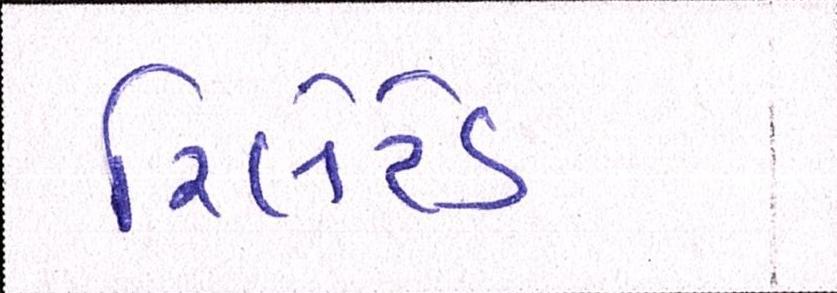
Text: રિલેટેડ